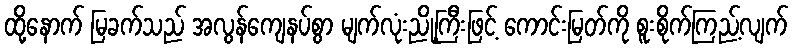
ထို့နောက် မြခက်သည် အလွန်ကျေနပ်စွာ မျက်လုံးညို့ကြီးဖြင့် ကောင်းမြတ်ကို စူးစိုက်ကြည့်လျက်